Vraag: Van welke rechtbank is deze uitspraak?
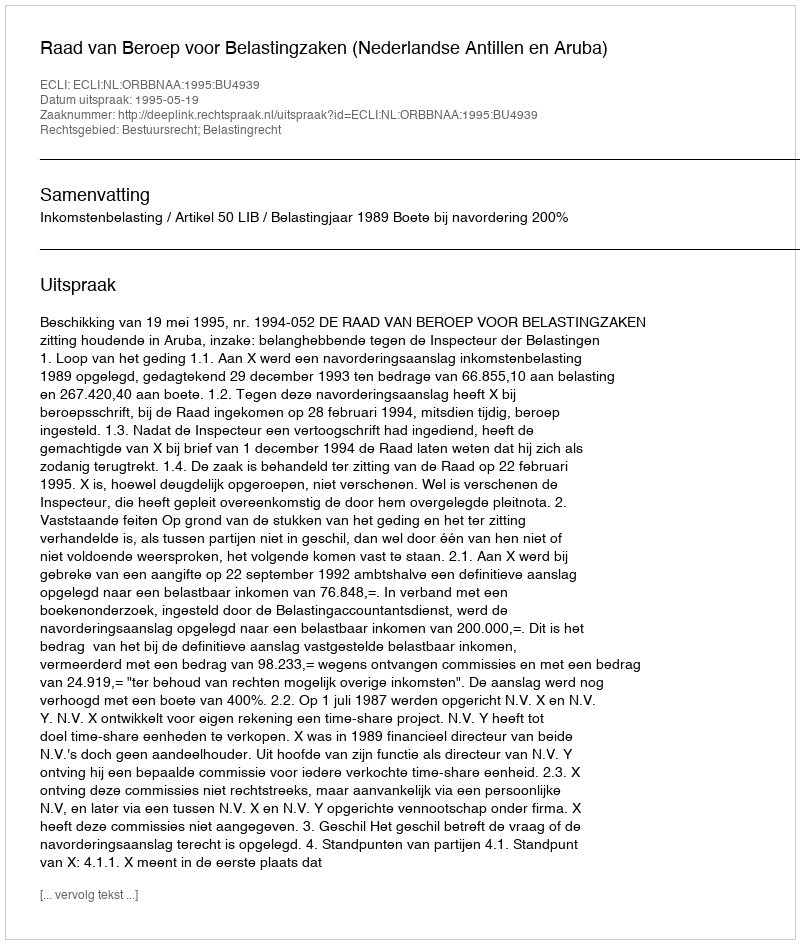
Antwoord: Raad van Beroep voor Belastingzaken (Nederlandse Antillen en Aruba)